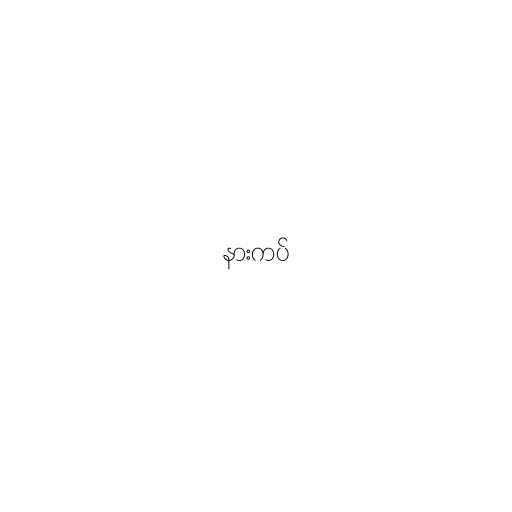
နားကပ်